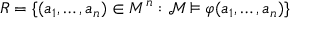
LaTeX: R = \{ ( a _ { 1 } , \ldots , a _ { n } ) \in M ^ { n } : { \mathcal { M } } \vDash \varphi ( a _ { 1 } , \ldots , a _ { n } ) \}